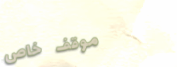
موقف خاص